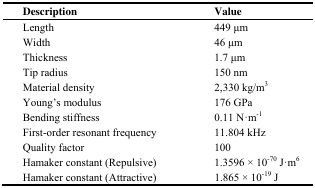
| Description | Value |
 | --- | --- |
 | Length | 449 μm |
 | Width | 46 μm |
 | Thickness | 1.7 μm |
 | Tip radius | 150 nm |
 | Material density | 2,330 kg/m3 |
 | Young's modulus | 176 GPa |
 | Bending stiffness | 0.11 N·m-1 |
 | First-order resonant frequency | 11.804 kHz |
 | Quality factor | 100 |
 | Hamaker constant (Repulsive) | 1.3596 × 10-70 J·m6 |
 | Hamaker constant (Attractive) | 1.865 × 10-19 J |